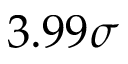
3 . 9 9 \sigma